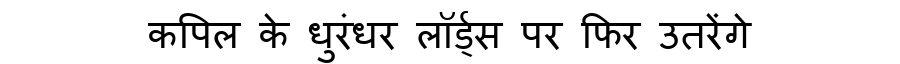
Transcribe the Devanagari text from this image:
कपिल के धुरंधर लॉर्ड्स पर फिर उतरेंगे